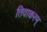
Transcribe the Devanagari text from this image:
तिवाकरम्